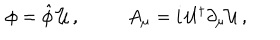
LaTeX: \begin{array} { c c } { { \phi = \hat { \phi } \, { \cal U } \, , } } & { { A _ { \mu } = i \, { \cal U } ^ { \dagger } \partial _ { \mu } { \cal U } \, , } } \\ \end{array}